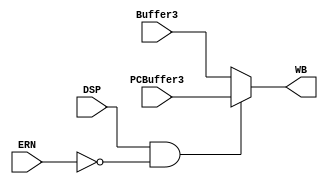
module WBModule(
    input         DSP,         // DSP Bit from CCG 4 :: Implies Stack Write
    input   [15:0] PCBuffer3,   // The Value Held in the PC Buffer of the Stage 3-4 Buffer
    input   [15:0] Buffer3,     // The Output of the ALU Stage
    input         ERN,         // ERN CCG 4
    output  [15:0] WB           // Output To 3 Port Memory Data Write Path
    );
    assign WB = (DSP&&~ERN)?PCBuffer3:Buffer3;
endmodule